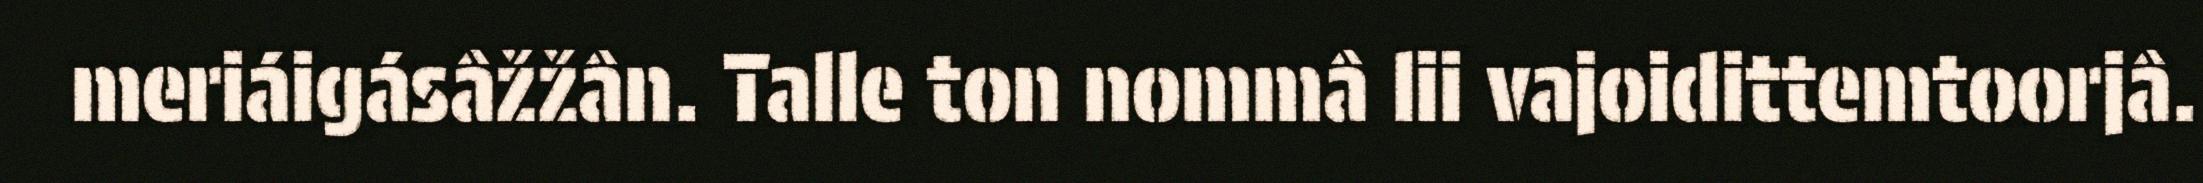
meriáigásâžžân. Talle ton nommâ lii vajoidittemtoorjâ.